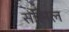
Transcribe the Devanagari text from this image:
सह्मिल